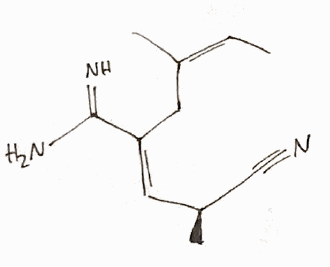
Simplified molecular-input line-entry system (SMILES) notation of the given molecule:
C/C=C(/C)\C/C(=C\[C@H](C)C#N)/C(=N)N